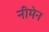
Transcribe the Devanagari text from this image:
नीमेन